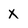
Character: X